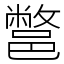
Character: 鄨